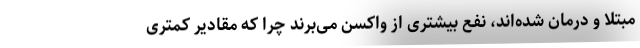
مبتلا و درمان شده‌اند، نفع بیشتری از واکسن می‌برند چرا که مقادیر کمتری